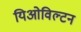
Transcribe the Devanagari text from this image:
यिओविल्टन